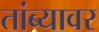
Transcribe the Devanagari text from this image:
तांब्यावर